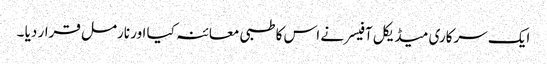
ایک سرکاری میڈیکل آفیسر نے اس کا طبی معائنہ کیا اور نارمل قرار دیا ۔